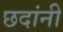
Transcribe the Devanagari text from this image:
छदांनी